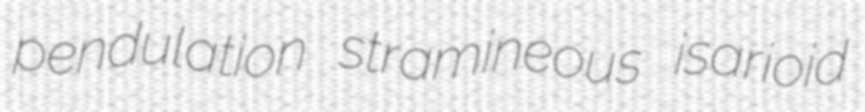
pendulation stramineous isarioid